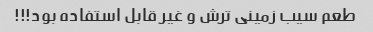
طعم سیب زمینی ترش و غیر قابل استفاده بود!!!